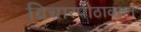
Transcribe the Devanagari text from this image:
विचारपीठावरून